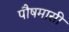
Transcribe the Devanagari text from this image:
पौषमासी